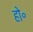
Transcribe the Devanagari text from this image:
हो॰